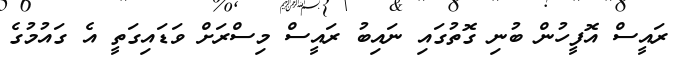
ރައީސް އޮފީހުން ބުނި ގޮތުގައި ނައިބު ރައީސް މިސްރަށް ވަޑައިގަތީ އެ ގައުމުގެ